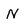
Character: N